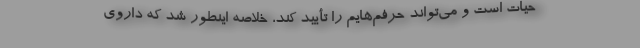
حیات است و می‌تواند حرفم‌هایم را تأیید کند، خلاصه اینطور شد که داروی